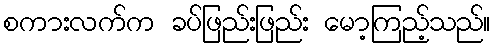
စကားလက်က ခပ်ဖြည်းဖြည်း မော့ကြည့်သည်။